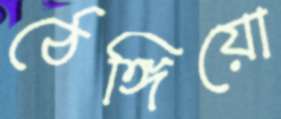
ঠেঙ্গিয়ো